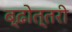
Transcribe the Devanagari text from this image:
ब्ढ़ोत्तरी